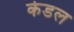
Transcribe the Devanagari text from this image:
केडल